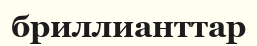
бриллианттар